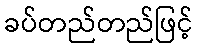
ခပ်တည်တည်ဖြင့်